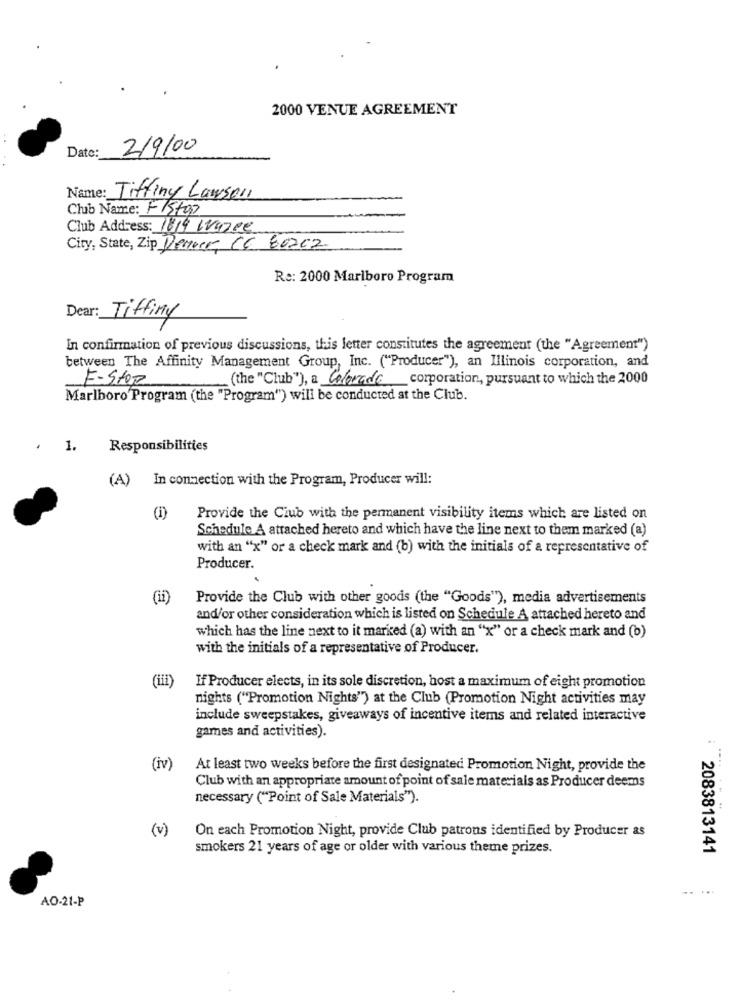
2000 VENUE AGREEMENT
Date:
2/9/00
Name: Tiffiny Lawson
Club Name: Fiston
Club Address: 1819 Waree
City, State, Zip Denver CC 60202
Re: 2000 Marlboro Program
Dear: Tiffiny
In confirmation of previous discussions, this letter constitutes the agreement (the "Agreement")
between The Affinity Management Group, Inc. ("Producer"), an Illinois corporation, and
F-Stop
(the "Club"), a Colorado corporation, pursuant to which the 2000
Marlboro Program (the "Program") will be conducted at the Club.
. 1.
Responsibilities
(A) In connection with the Program, Producer will:
(1)
Provide the Club with the permanent visibility items which are listed on
Schedule A attached hereto and which have the line next to them marked (a)
with an "x" or a check mark and (b) with the initials of a representative of
Producer.
Provide the Club with other goods (the "Goods"), media advertisements
and/or other consideration which is listed on Schedule A attached hereto and
which has the line next to it marked (a) with an "x" or a check mark and (b)
with the initials of a representative of Producer.
(iii)
If Producer elects, in its sole discretion, host a maximum of eight promotion
nights ("Promotion Nights") at the Club (Promotion Night activities may
include sweepstakes, giveaways of incentive items and related interactive
games and activities).
(iv)
At least two weeks before the first designated Promotion Night, provide the
...
Club with an appropriate amount of point of sale materials as Producer deems
necessary ("Point of Sale Materials").
(v)
On each Promotion Night, provide Club patrons identified by Producer as
smokers 21 years of age or older with various theme prizes.
2083813141
AO-21-P